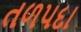
તળપદા